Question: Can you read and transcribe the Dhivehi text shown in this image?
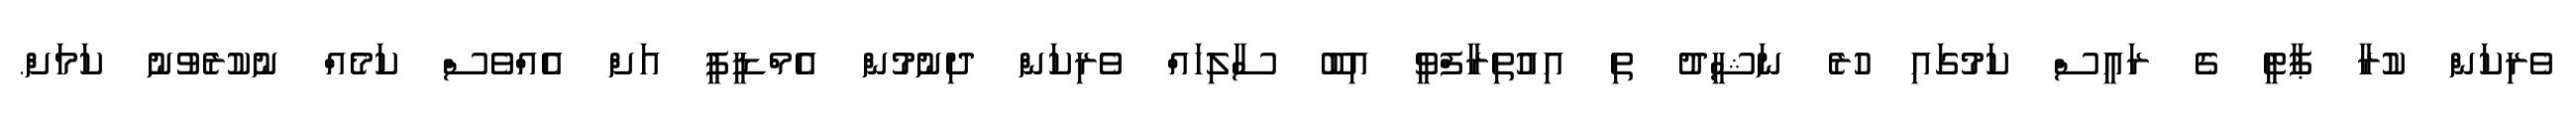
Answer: ވެރިކަން ކުރާ ޕާޓީ ގެ ރައީސް ކަމުގައި ހުރެ ނަޝީދު ތި އިއުތިރާފްވީ އިބޫ ސާލިހައް ވެރިކަން ދިނުމުން އެމްޑީޕީ އަށް އެއްވެސް ކަމެއް ނުކުރެވުނު ކަމަށް.